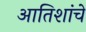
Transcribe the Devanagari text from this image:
आतिशांचे